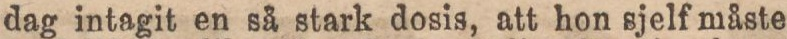
dag intagit en så stark dosis, att hon sjelf måste